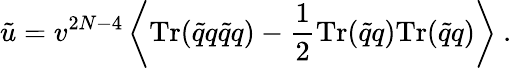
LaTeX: \tilde{u}=v^{2N-4}\left\langle\mathrm{Tr}(\tilde{q}q\tilde{q}q)-{\frac{1}{2}}\mathrm{Tr}(\tilde{q}q)\mathrm{Tr}(\tilde{q}q)\right\rangle\ .